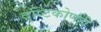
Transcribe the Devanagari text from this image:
दृष्टिकोणही